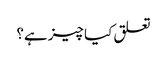
تعلق کیا چیز ہے؟